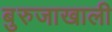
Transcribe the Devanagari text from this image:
बुरुजाखाली